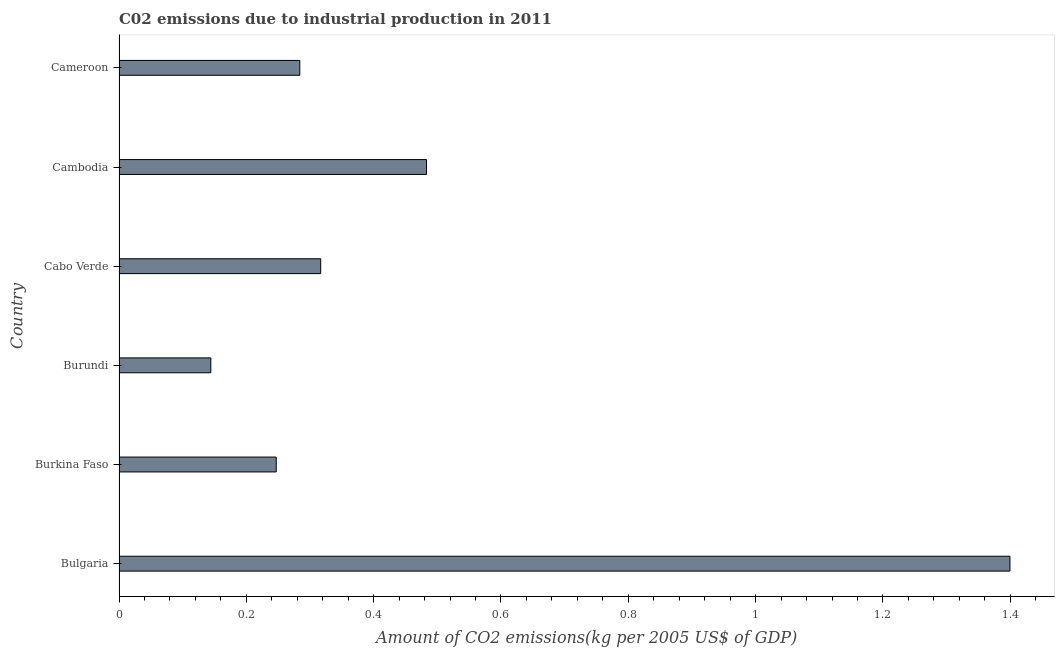
| Country | CO2 emissions  |
 | --- | --- |
 | Bulgaria | 1.4 |
 | Burkina Faso | 0.247 |
 | Burundi | 0.144 |
 | Cabo Verde | 0.317 |
 | Cambodia | 0.483 |
 | Cameroon | 0.284 |